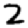
Digit: 2